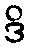
ဒိ